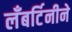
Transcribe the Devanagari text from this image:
लँबर्टिनीने